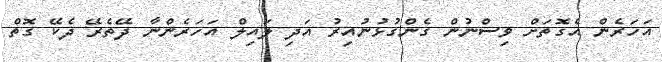
އަހަރެން އެގޮތަށް ވިސްނުން ގެންގުޅުނުއިރު އަދި ލައިލް އަހަރެންނާ ދޭތެރޭ ދެކޭ ގޮތް